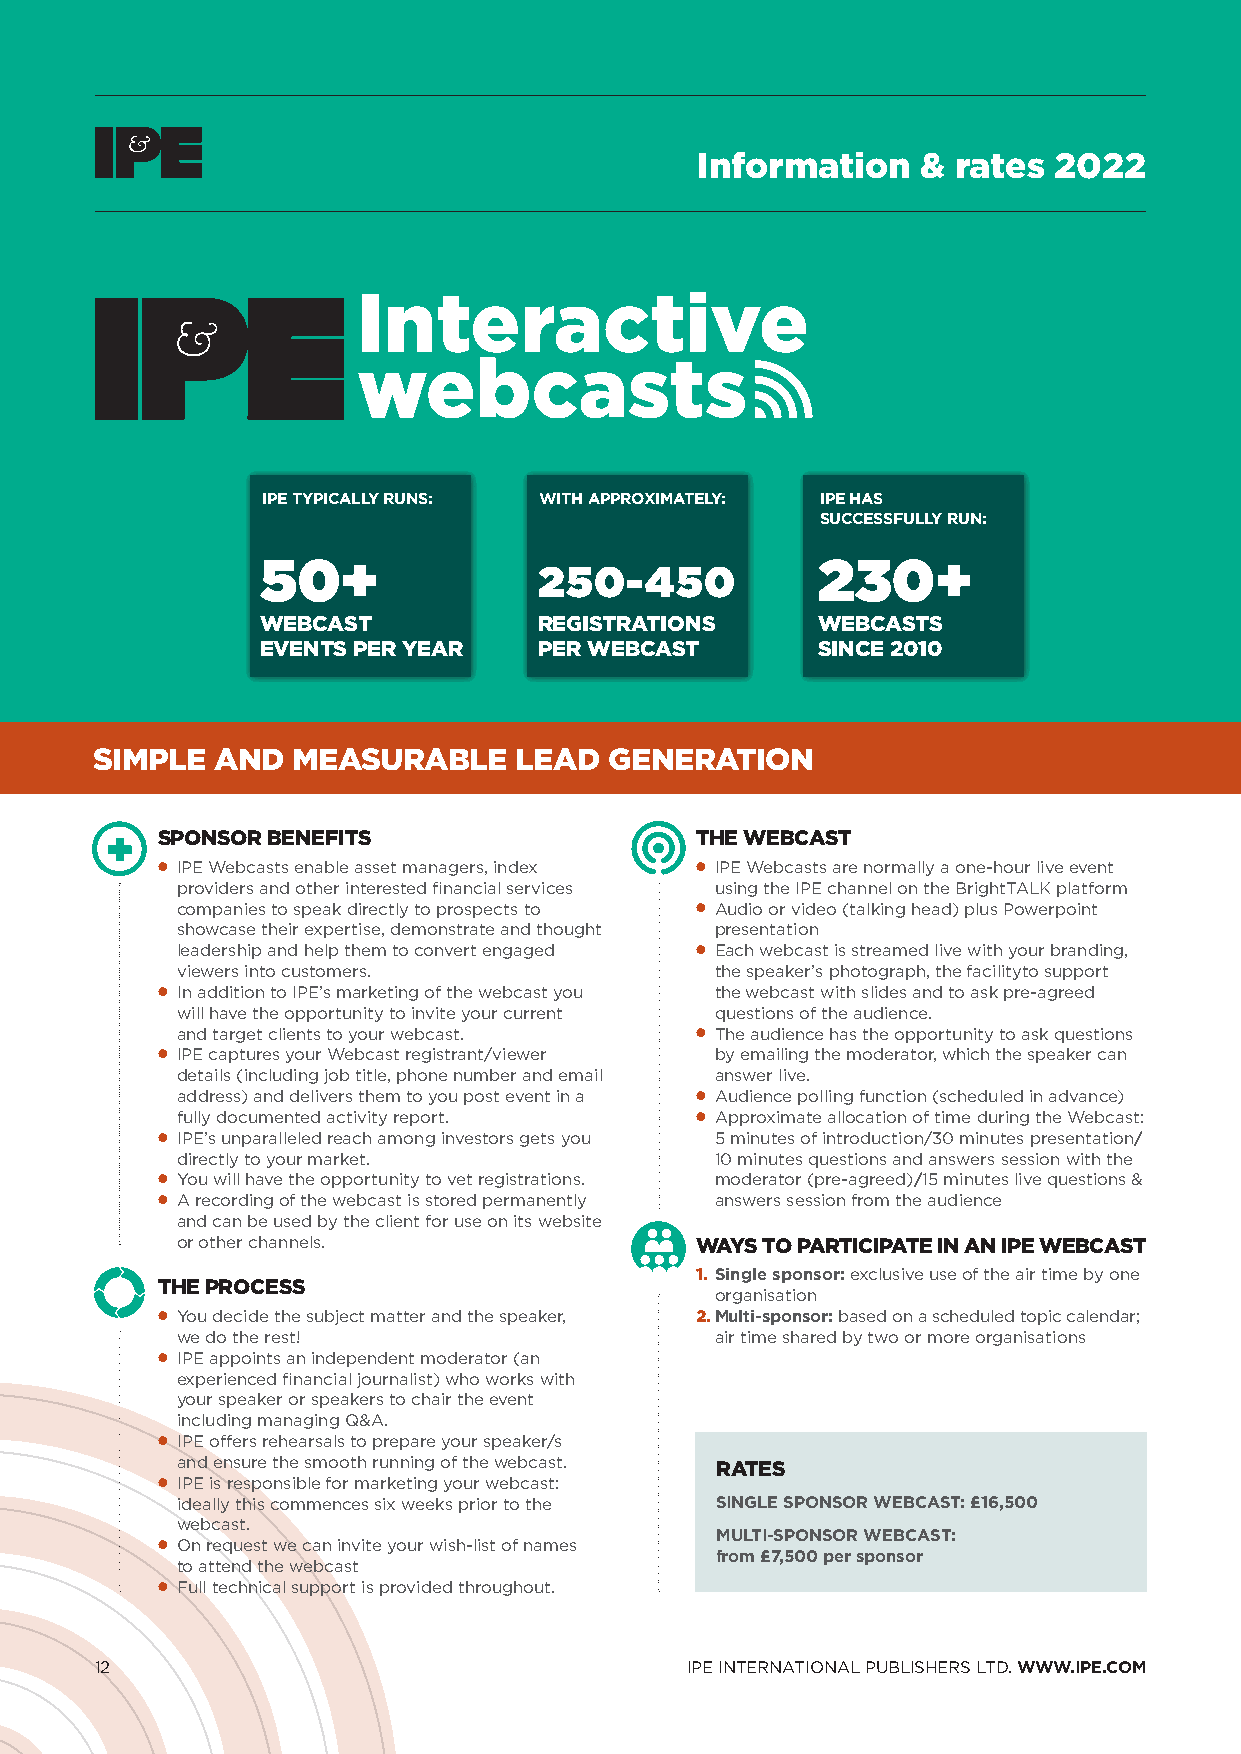
Information    & rates  2022
 Interactive
 webcasts
 IPE TYPICALLY RUNS: WITH APPROXIMATELY: IPE HAS
 SUCCESSFULLY RUN:
 50+                                  230+
 250-450
 WEBCAST            REGISTRATIONS     WEBCASTS
 EVENTS PER YEAR    PER WEBCAST       SINCE 2010
 SIMPLE  AND  MEASURABLE     LEAD  GENERATION
 SPONSOR BENEFITS                    THE WEBCAST
 l IPE Webcasts enable asset managers, index l IPE Webcasts are normally a one-hour live event
 providers and other interested financial services using the IPE channel on the BrightTALK platform
 companies to speak directly to prospects to l Audio or video (talking head) plus Powerpoint
 showcase their expertise, demonstrate and thought presentation
 leadership and help them to convert engaged l Each webcast is streamed live with your branding,
 viewers into customers.            the speaker’s photograph, the facilityto support
 l In addition to IPE’s marketing of the webcast you the webcast with slides and to ask pre-agreed
 will have the opportunity to invite your current questions of the audience.
 and target clients to your webcast. l The audience has the opportunity to ask questions
 l IPE captures your Webcast registrant/viewer by emailing the moderator, which the speaker can
 details (including job title, phone number and email answer live.
 address) and delivers them to you post event in a l Audience polling function (scheduled in advance)
 fully documented activity report. l Approximate allocation of time during the Webcast:
 l IPE’s unparalleled reach among investors gets you 5 minutes of introduction/30 minutes presentation/
 directly to your market.           10 minutes questions and answers session with the
 l You will have the opportunity to vet registrations. moderator (pre-agreed)/15 minutes live questions &
 l A recording of the webcast is stored permanently answers session from the audience
 and can be used by the client for use on its website
 or other channels.                WAYS TO PARTICIPATE IN AN IPE WEBCAST
 1. Single sponsor: exclusive use of the air time by one
 THE PROCESS
 organisation
 l You decide the subject matter and the speaker, 2. Multi-sponsor: based on a scheduled topic calendar;
 we do the rest!                    air time shared by two or more organisations
 l IPE appoints an independent moderator (an
 experienced financial journalist) who works with
 your speaker or speakers to chair the event
 including managing Q&A.
 l IPE offers rehearsals to prepare your speaker/s
 and ensure the smooth running of the webcast.
 RATES
 l IPE is responsible for marketing your webcast:
 ideally this commences six weeks prior to the SINGLE SPONSOR WEBCAST: £16,500
 webcast.
 l On request we can invite your wish-list of names
 MULTI-SPONSOR WEBCAST:
 from £7,500 per sponsor
 to attend the webcast
 l Full technical support is provided throughout.
 12                                     IPE INTERNATIONAL PUBLISHERS LTD. WWW.IPE.COM